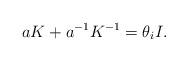
LaTeX: \begin{align*}a K+ a^{-1} K^{-1} = \theta_i I .\end{align*}